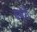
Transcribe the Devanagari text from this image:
बथेरी